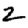
Digit: 2